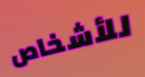
للأشخاص